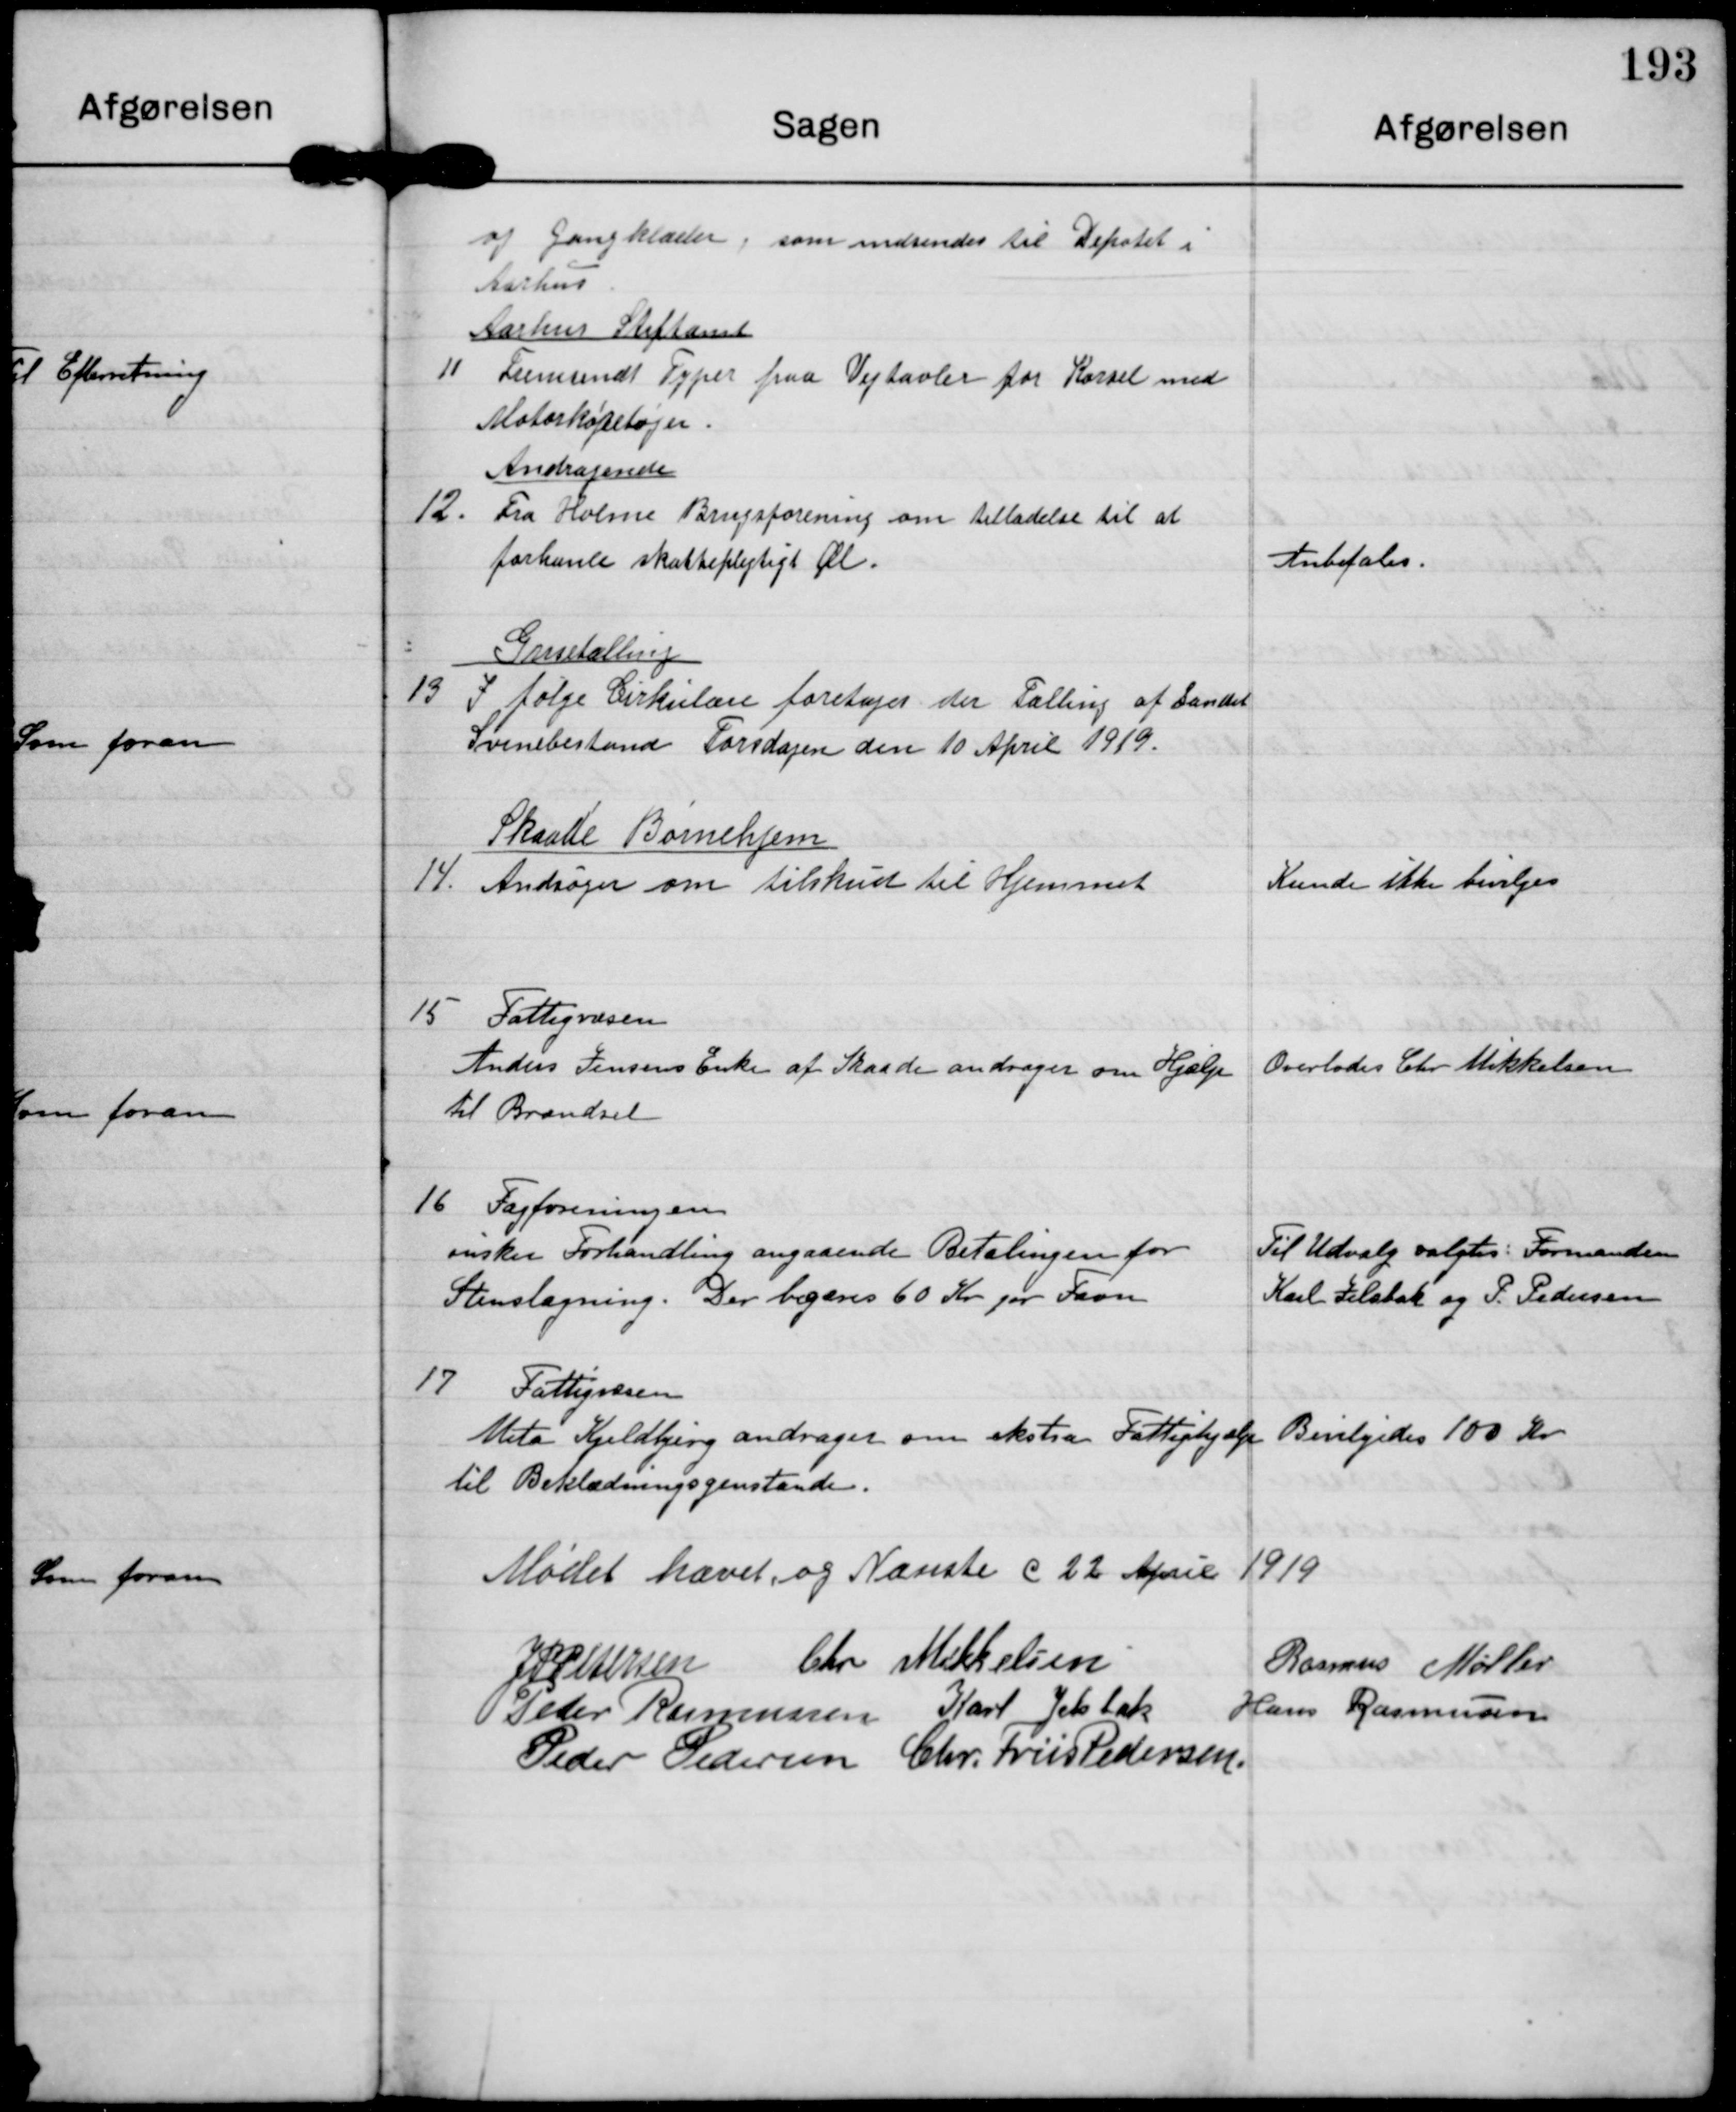
Transskription:
og Gangklæder, som indsendes til Depotet i
Aarhus

Aarhus Stiftamt
11
Fremsendt Typer paa Vejtavler for Kørsel med
Motorkøretøjer

Andragende
12.
Fra Holme Brugsforening om tilladelse til at
forhandle skattepligtigt Øl.

Anbefales

Grisetælling
13
I følge Cirkulære fortages der Tælling af Landets
Svinebestand Torsdagen den 10 April 1919.

Skaade Børnehjem
14.
Andrager om tilskud til Hjemmet

Kunde ikke bevilges

15 Fattigvæsen
Anders Jensens Enke af Skaade andrager om Hjælp
til Brændsel

Overlodes Chr. Mikkelsen

16 Fagforeningen
ønsker Forhandling angaaende betalingen for
Stenslagning. Der begæres 60 Kr pr. Favn

Til Udvalg valgtes Formanden
Karl Jelsbak og P. Pedersen

17 Fattigvæsen
Meta Kjeldbjerg andrager om ekstra Fattighjælp
til Beklægninsgenstande.

Bevilgedes 100 Kr

Mødet hævet og Næste d 22 April 1919

J P Pedersen

Chr Mikkelsen

Rasmus Møller

Peder Rasmussen

Karl Jelsbak

Hans Rasmussen

Peder Pedersen

Chr. Friis Pedersen